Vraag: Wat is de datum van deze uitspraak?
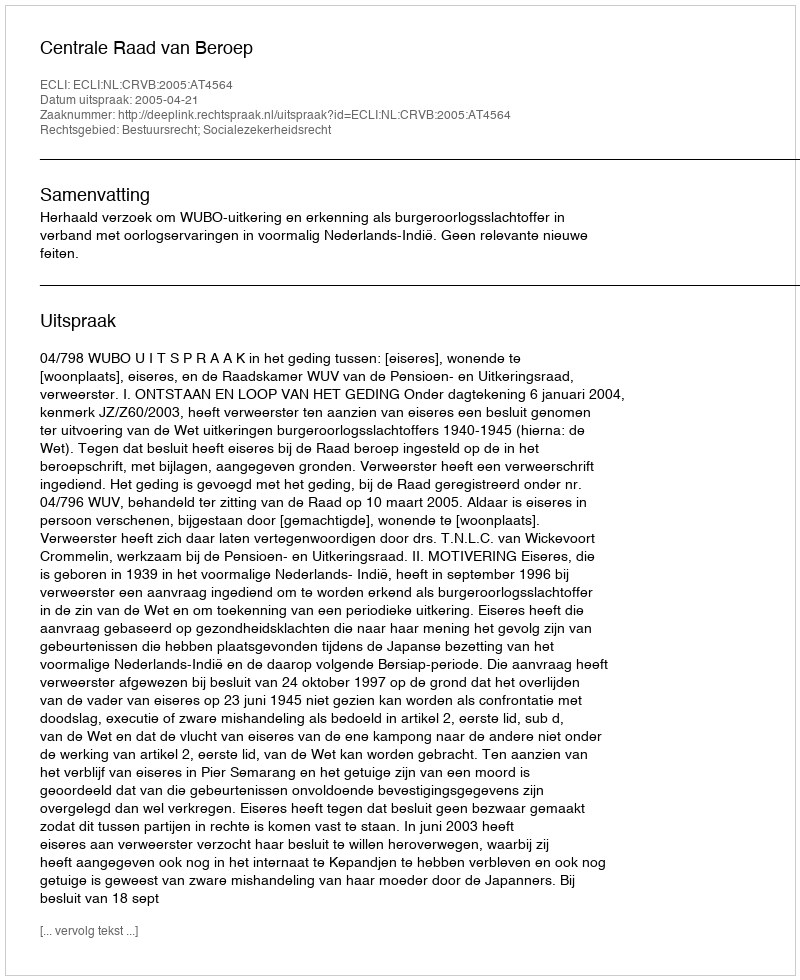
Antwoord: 2005-04-21